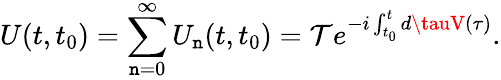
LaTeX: U(t,t_{0})=\sum_{\mathtt{n}=0}^{\infty}U_{\mathtt{n}}(t,t_{0})={\mathcal{{T}}}e^{-i\int_{t_{0}}^{t}{d\tauV(\tau)}}.